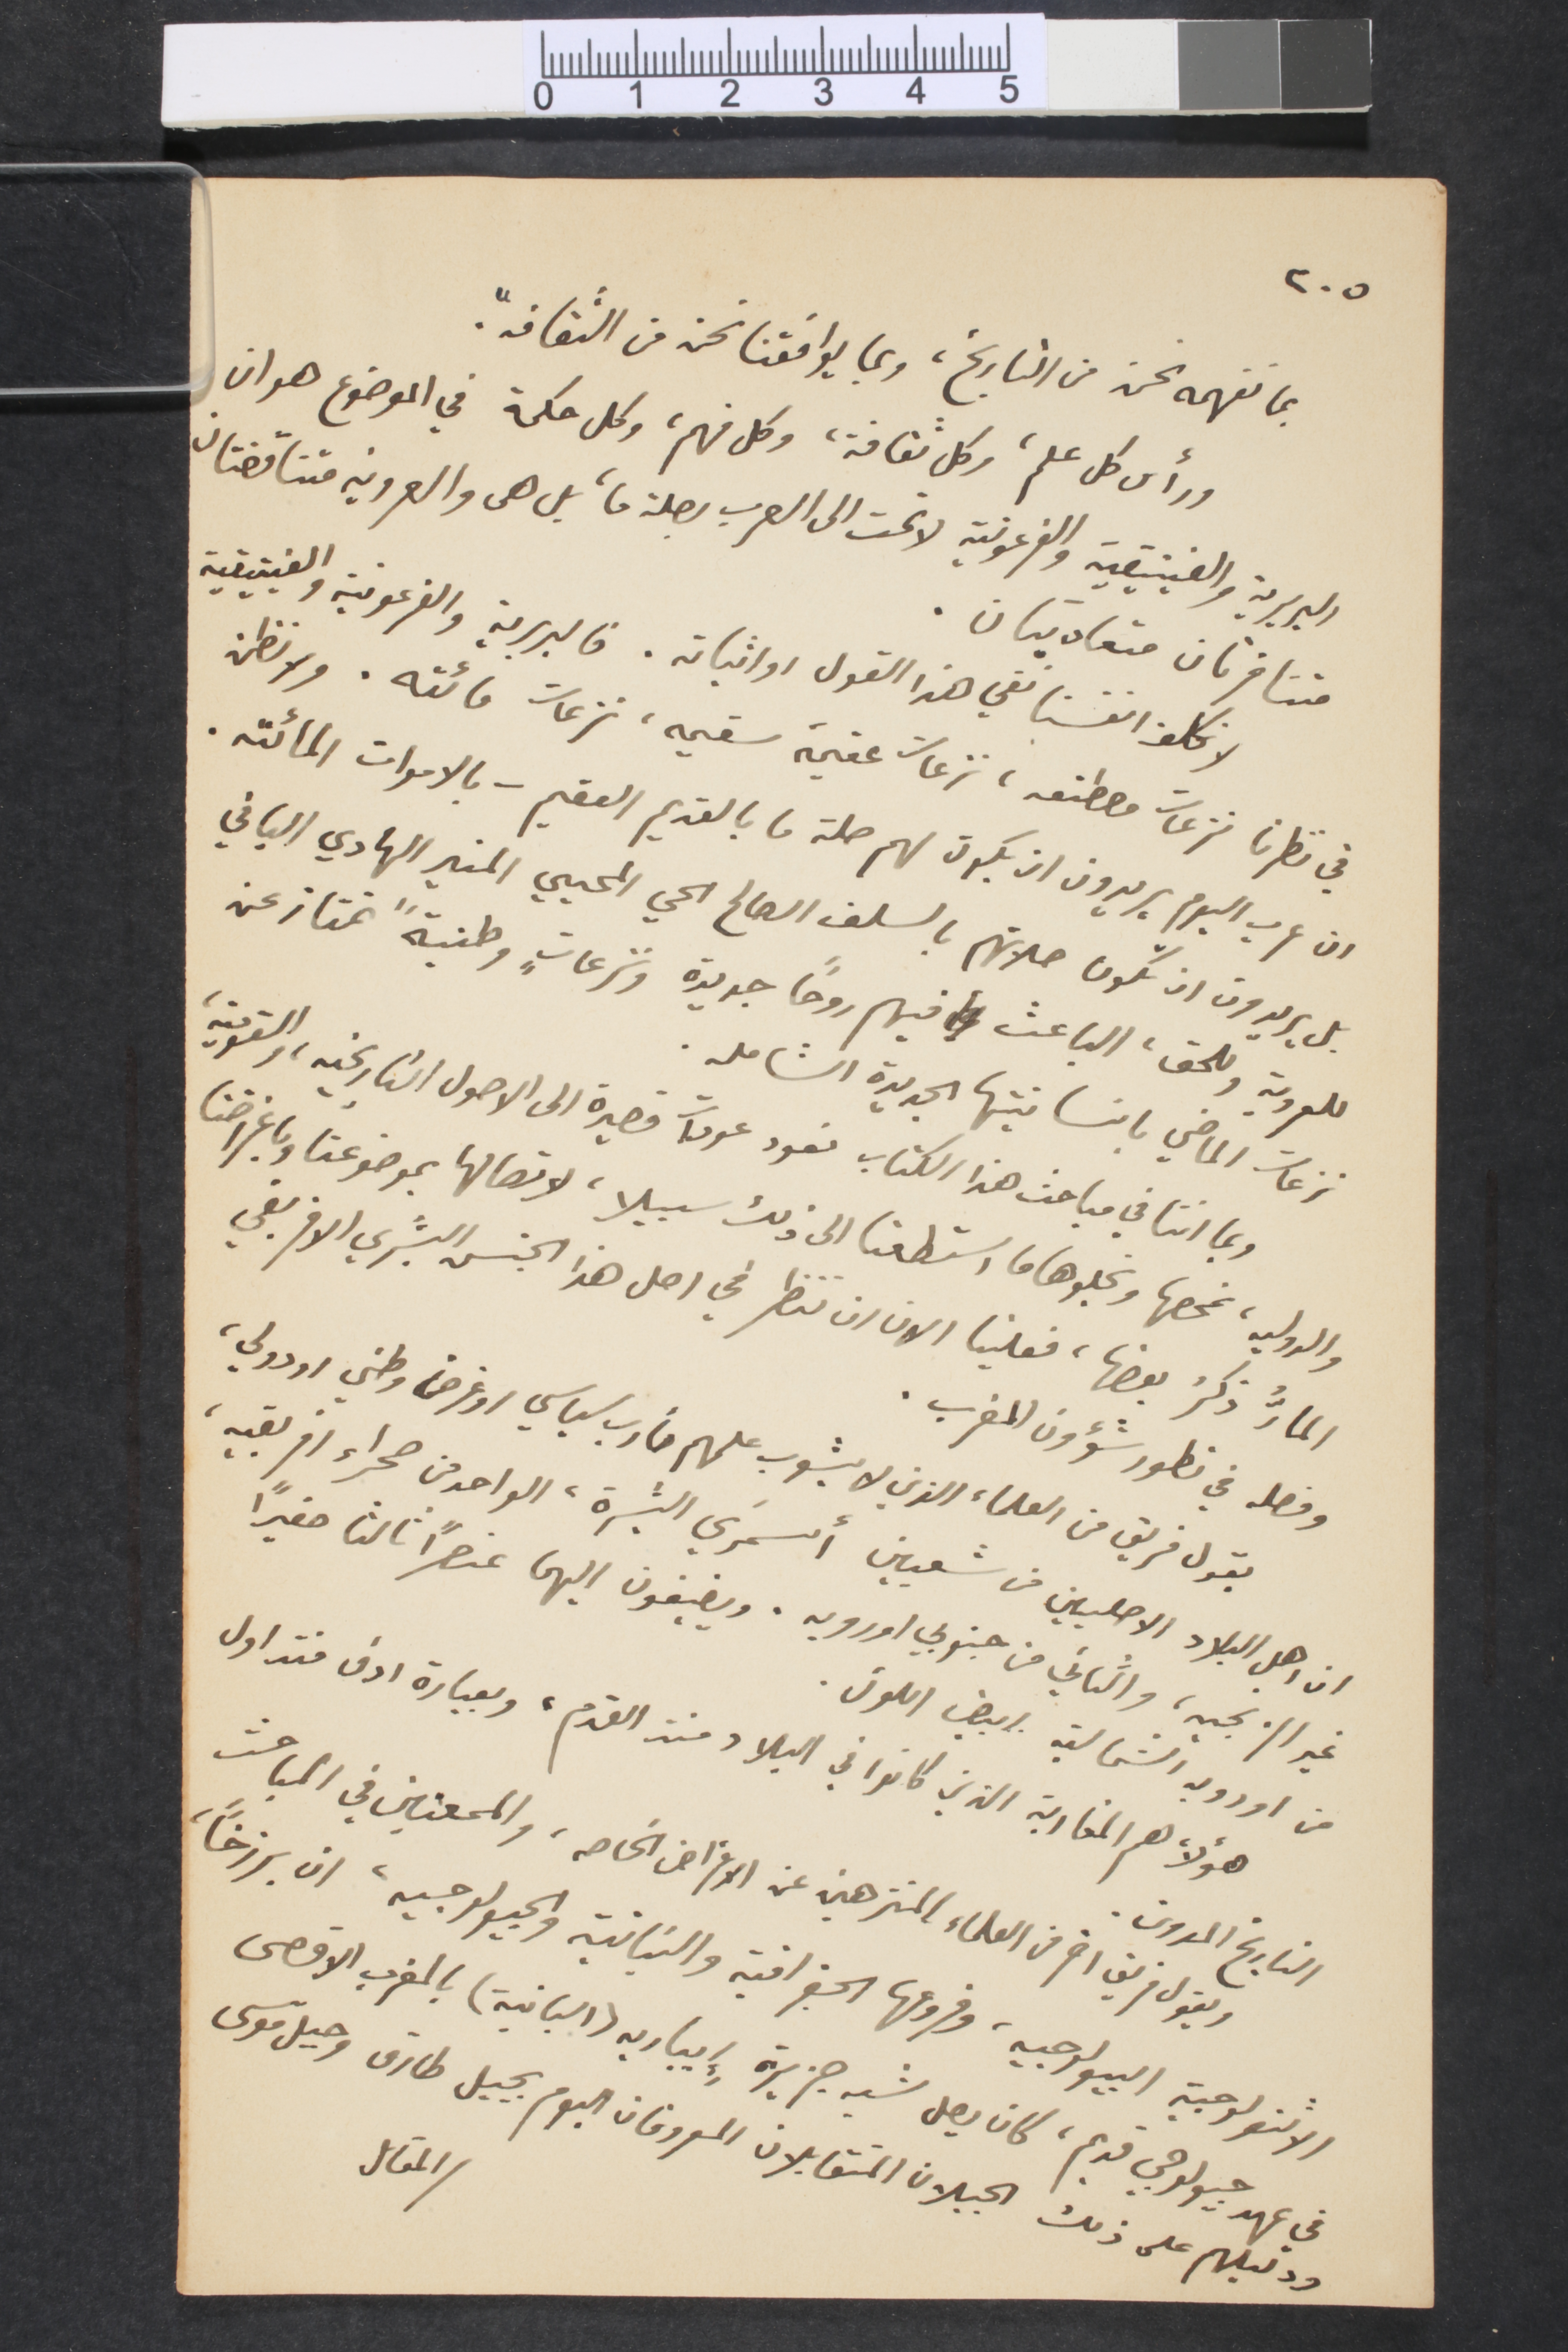
٢٠٥
فما نفهمه نحن من التاريخ، وبما يوافقنا نحن من الثقافة.
ورأى كل علم، وكل ثقافة، وكل فهم، وكل حكمة في الموضوع هو ان
البربرية والفينيقية والفرعونية لا تمت الى العرب بصلة ما، بل هل والعروبة متناقضتان
متنافرتان متعاديتان.
لا نكلف انفسنا نفي هذا القول اواثباته. فالبربرية والفرعونية والفينيقية
في نظرنا نزعات مصطنعة، نزعات عقيمة سقيمة، نزعات مائته. ولا نظن
ان عرب اليوم يريدون ان يكون لهم صلة ما بالقديم العقيم - بالاموات المائتة.
بل يريدون ان تكون صلاتهم بالسلف الصالح الحي المحيي المنير الهادي الباني
للعروبة وللحق، الباعث  فيهم روًا جديدة ونزعات وطنية تمتاز عن
نزعات الماضي بانسانيتها الجديدة الشامله.
وبما اننا في مباحث هذا الكتاب نعود عودات قصيرة الى الأصول التاريخية، والقومية،
والدولية، نمحصها ونجلوها ما استطغنا الى ذلك سبيلا، لاتصالها بموضوعنا وباغراضنا
المارّ ذكرُ بعضها، فعلينا الان ان ننظر في أهل هذا الجنس البشري الافريقي
وفصله في تطور شؤون المغرب.
يقول فريق من العلماء الذين لا يشوب علمهم مأرب سياسي او غرض وطني او دولي،
ان اهل البلاد الاصليين من شعبين أسمرَي البشرة، الواحد من صحراء افريقية،
غير الزنجيه، والثاني من جنوبي اوروبه، ويضيفون إليهما عنصرًا ثالثًا صغيرًا
من اوروبه الشمالية ابيض اللون.
هؤلاء هم المغاربة الذين كانوا في البلاد منذ القدم، وبعبارة ادق فتداول
التاريخ المدون.
ويقول فريق اخر من العلماء المنزهين عن الاغراض الخاصة، والممعنين في المباحث
الانتتولوجية البيولوجيه، وفروعها الجغرافيه والبنائية والجيولوجيه، ان برزخًا
المقال
في عهد جيولوجي قديم، كان يصل شبه جزيرة ايباريه (اسبانية) بالمغرب الأقصى
ودليلهم على ذلك الجبلان المتقابلان المعروفان اليوم يجبل طارق وجبل موسى